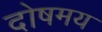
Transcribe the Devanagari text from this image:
दोषमय